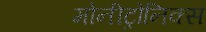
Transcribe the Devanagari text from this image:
मोनीट्रोनिक्स